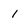
Character: 1